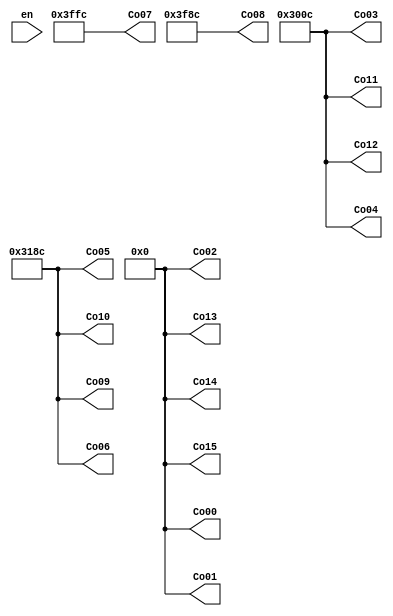
module Character1(en,Co00,Co01,Co02,Co03,Co04,Co05,Co06,Co07,Co08,Co09,Co10,Co11,Co12,Co13,Co14,Co15);
	input en;
	output [15:0] Co00,Co01,Co02,Co03,Co04,Co05,Co06,Co07,Co08,Co09,Co10,Co11,Co12,Co13,Co14,Co15;
	assign Co00 = 16'b0000_0000_0000_0000;
	assign Co01 = 16'b0000_0000_0000_0000;
	assign Co02 = 16'b0000_0000_0000_0000;
	assign Co03 = 16'b0011_0000_0000_1100;
	
	assign Co04 = 16'b0011_0000_0000_1100;
	assign Co05 = 16'b0011_0001_1000_1100;
	assign Co06 = 16'b0011_0001_1000_1100;
	assign Co07 = 16'b0011_1111_1111_1100;
	
	assign Co08 = 16'b0011_1111_1000_1100;
	assign Co09 = 16'b0011_0001_1000_1100;
	assign Co10 = 16'b0011_0001_1000_1100;
	assign Co11 = 16'b0011_0000_0000_1100;
	
	assign Co12 = 16'b0011_0000_0000_1100;
	assign Co13 = 16'b0000_0000_0000_0000;
	assign Co14 = 16'b0000_0000_0000_0000;
	assign Co15 = 16'b0000_0000_0000_0000;
//inclockvise 90degree
endmodule